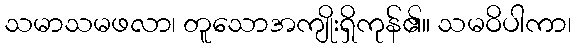
သမာသမဖလာ၊ တူသောအကျိုးရှိကုန်၏။ သမဝိပါကာ၊